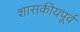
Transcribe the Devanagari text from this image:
शासकीयपूर्व